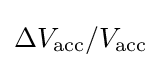
\Delta V_{\text{acc}}/V_{\text{acc}}